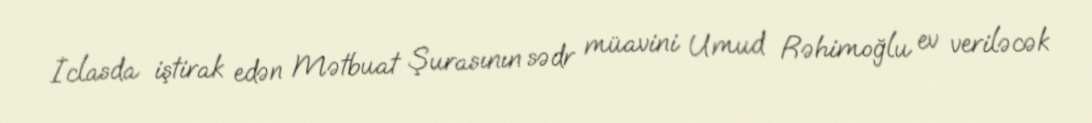
İclasda iştirak edən Mətbuat Şurasının sədr müavini Umud Rəhimoğlu ev veriləcək